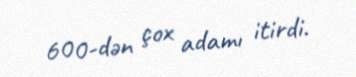
600-dən çox adamı itirdi.